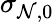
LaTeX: \sigma_{\mathcal{N},0}